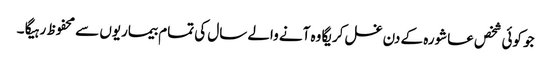
جو کوئی شخص عاشورہ کے دن غسل کریگا وہ آنے والے سال کی تمام بیماریوں سے محفوظ رہیگا ۔